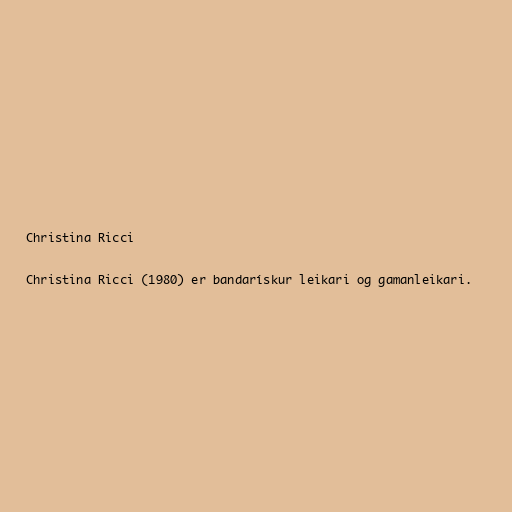
Christina Ricci

Christina Ricci (1980) er bandarískur leikari og gamanleikari.